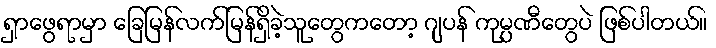
ရှာဖွေရာမှာ ခြေမြန်လက်မြန်ရှိခဲ့သူတွေကတော့ ဂျပန် ကုမ္ပဏီတွေပဲ ဖြစ်ပါတယ်။